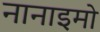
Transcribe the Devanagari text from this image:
नानाइमो